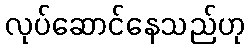
လုပ်ဆောင်နေသည်ဟု